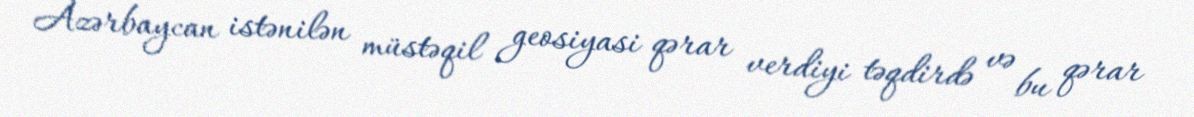
Azərbaycan istənilən müstəqil geosiyasi qərar verdiyi təqdirdə və bu qərar